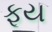
ફૂય